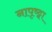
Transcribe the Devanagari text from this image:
नापृष्ट्वा